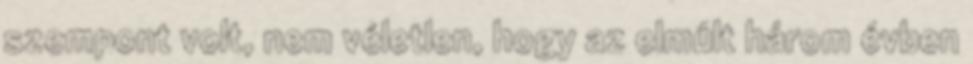
szempont volt, nem véletlen, hogy az elmúlt három évben